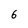
Character: 6